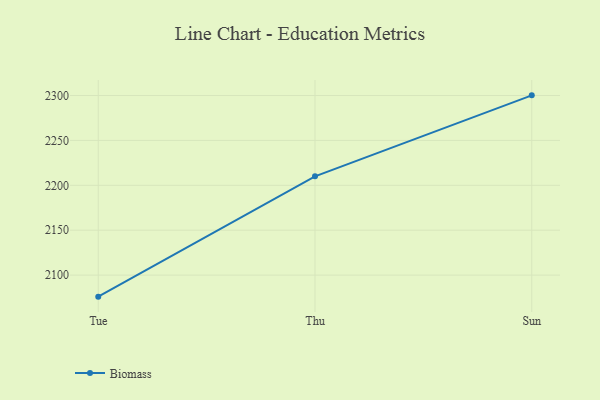
{"axis": {"x": "Day", "y": "Headcount"}, "legend": ["Biomass"], "data": [{"x": "Tue", "y": 2076.0, "type": "Biomass"}, {"x": "Thu", "y": 2210.0, "type": "Biomass"}, {"x": "Sun", "y": 2300.2, "type": "Biomass"}]}